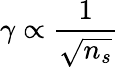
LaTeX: \gamma\propto\frac{1}{\sqrt{n_{s}}}